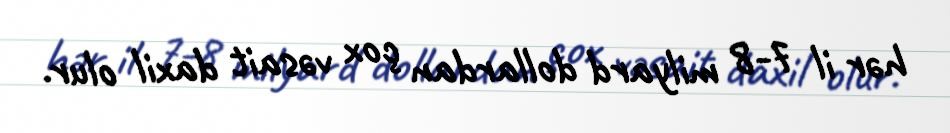
hər il 7-8 milyard dollardan çox vəsait daxil olur.